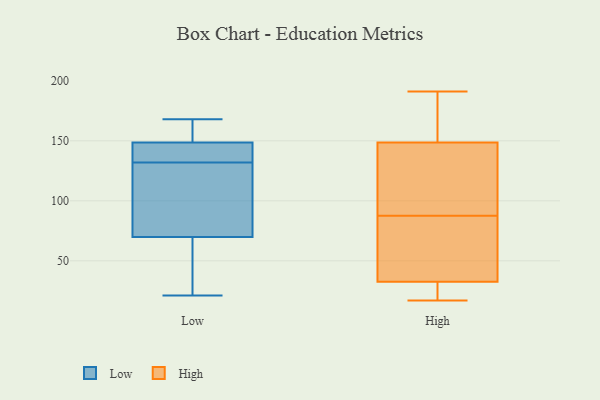
{"axis": {"x": "Inventory Turnover", "y": "Value"}, "legend": ["High", "Low"], "data": [{"x": "", "y": 140, "type": "Low"}, {"x": "", "y": 122, "type": "Low"}, {"x": "", "y": 31, "type": "Low"}, {"x": "", "y": 135, "type": "Low"}, {"x": "", "y": 168, "type": "Low"}, {"x": "", "y": 144, "type": "Low"}, {"x": "", "y": 150, "type": "Low"}, {"x": "", "y": 90, "type": "Low"}, {"x": "", "y": 164, "type": "Low"}, {"x": "", "y": 63, "type": "Low"}, {"x": "", "y": 46, "type": "Low"}, {"x": "", "y": 107, "type": "Low"}, {"x": "", "y": 21, "type": "Low"}, {"x": "", "y": 150, "type": "Low"}, {"x": "", "y": 132, "type": "Low"}, {"x": "", "y": 191, "type": "High"}, {"x": "", "y": 18, "type": "High"}, {"x": "", "y": 35, "type": "High"}, {"x": "", "y": 183, "type": "High"}, {"x": "", "y": 152, "type": "High"}, {"x": "", "y": 124, "type": "High"}, {"x": "", "y": 52, "type": "High"}, {"x": "", "y": 26, "type": "High"}, {"x": "", "y": 165, "type": "High"}, {"x": "", "y": 135, "type": "High"}, {"x": "", "y": 17, "type": "High"}, {"x": "", "y": 31, "type": "High"}, {"x": "", "y": 102, "type": "High"}, {"x": "", "y": 34, "type": "High"}, {"x": "", "y": 73, "type": "High"}, {"x": "", "y": 145, "type": "High"}]}